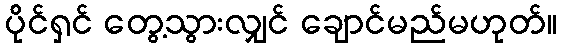
ပိုင်ရှင် တွေ့သွားလျှင် ချောင်မည်မဟုတ်။